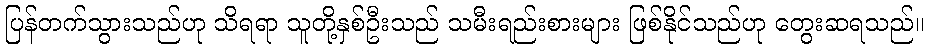
ပြန်တက်သွားသည်ဟု သိရရာ သူတို့နှစ်ဦးသည် သမီးရည်းစားများ ဖြစ်နိုင်သည်ဟု တွေးဆရသည်။